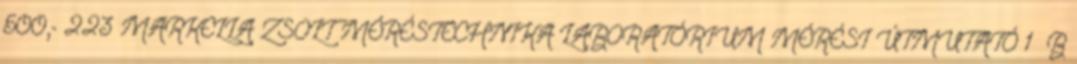
500,- 223 MARKELLA ZSOLT MÉRÉSTECHNIKA LABORATÓRIUM MÉRÉSI ÚTMUTATÓ 1 B